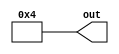
module producer4(out);
output reg [7:0] out;




always 
begin 
	out<=8'd4;
end



endmodule